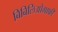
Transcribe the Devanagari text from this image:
बिबिलिओग्राफी